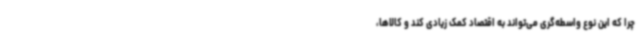
چرا که این نوع واسطه‌گری می‌تواند به اقتصاد کمک زیادی کند و کالاها،